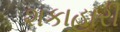
શકાહારી